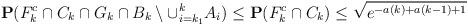
LaTeX: \begin{align*}\mathbf{P}(F_k^c \cap C_k \cap G_k \cap B_k \setminus \cup_{i=k_1}^k A_i) \leq \mathbf{P}(F_k^c \cap C_k) \leq \sqrt{e^{-a(k)+a(k-1)+1}}\end{align*}